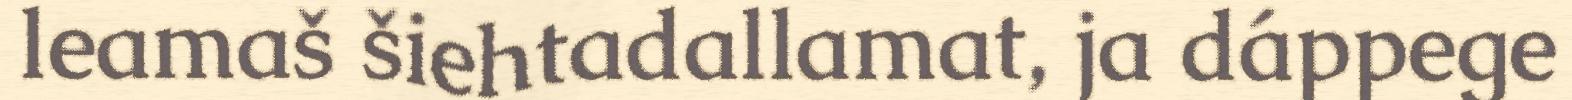
leamaš šiehtadallamat, ja dáppege